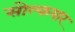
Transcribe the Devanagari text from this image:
सोल्कयार